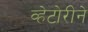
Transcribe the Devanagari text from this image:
व्हेटोरीने